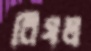
বিষল